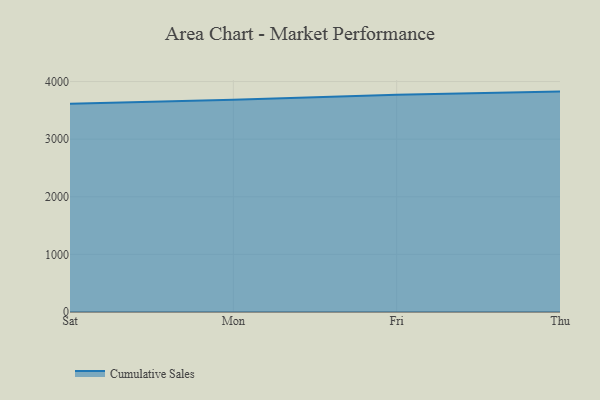
{"axis": {"x": "Day", "y": "Gross Profit (USD K)"}, "legend": ["Cumulative Sales"], "data": [{"x": "Sat", "y": 3614.8, "type": "Cumulative Sales"}, {"x": "Mon", "y": 3682.6, "type": "Cumulative Sales"}, {"x": "Fri", "y": 3768.7, "type": "Cumulative Sales"}, {"x": "Thu", "y": 3825.3, "type": "Cumulative Sales"}]}